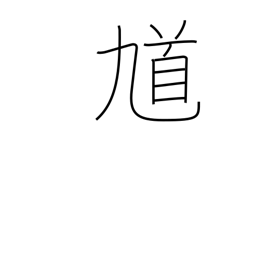
Meaning: road